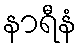
နာရီနံ